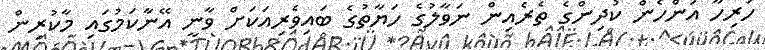
ހުރިހާ އަންހެން ކުދިންގެ ތެރެއިން ނަވާލުގެ ހަޔާތުގެ ބައިވެރިއަކަށް ވާނީ އޭނާކަމުގައި މާކުރިން